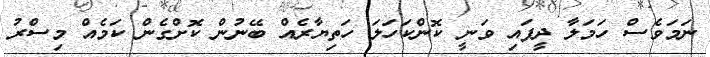
ނަމަވެސް ހަމަލާ ދީފައި ވަނީ ކޮންކަހަލަ ހަތިޔާރެއް ބޭނުން ކޮށްގެން ކަމެއް މިސްރު